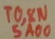
Text: TO,8N5A00